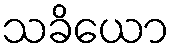
သခိယော